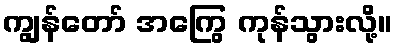
ကျွန်တော် အကြွေ ကုန်သွားလို့။